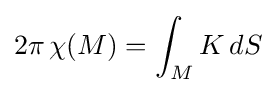
2\pi \,\chi (M)=\int _{M}K\,dS